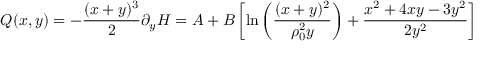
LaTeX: Q ( x , y ) = - { \frac { ( x + y ) ^ { 3 } } { 2 } } \partial _ { y } H = A + B \left[ \mathrm { l n } \left( { \frac { ( x + y ) ^ { 2 } } { \rho _ { 0 } ^ { 2 } y } } \right) + { \frac { x ^ { 2 } + 4 x y - 3 y ^ { 2 } } { 2 y ^ { 2 } } } \right]